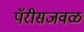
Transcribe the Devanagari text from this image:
पॅरीसजवळ